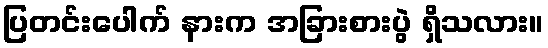
ပြတင်းပေါက် နားက အခြားစားပွဲ ရှိသလား။